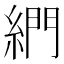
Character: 𦁺